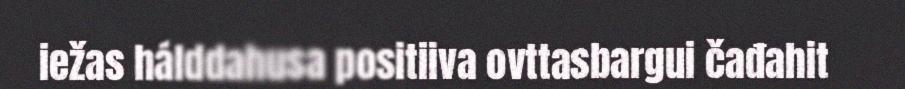
iežas hálddahusa positiiva ovttasbargui čađahit